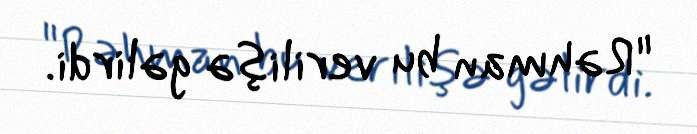
"Rəhman bu verilişə gəlirdi.